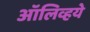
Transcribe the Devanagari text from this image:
ऑलिव्हये